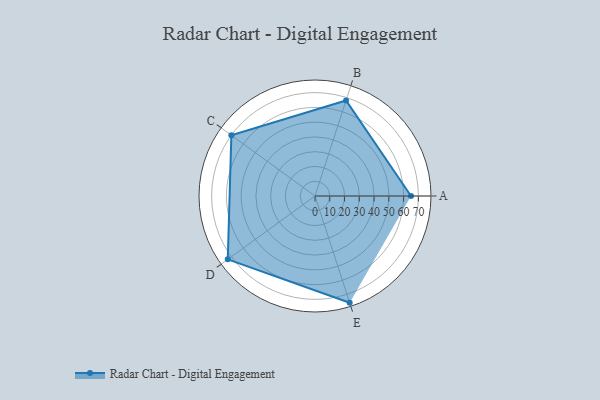
{"axis": {"x": "Skill", "y": "Score"}, "legend": ["Profile"], "data": [{"x": "A", "y": 65.0, "type": "Profile"}, {"x": "B", "y": 68.0, "type": "Profile"}, {"x": "C", "y": 70.0, "type": "Profile"}, {"x": "D", "y": 73.0, "type": "Profile"}, {"x": "E", "y": 76.0, "type": "Profile"}]}